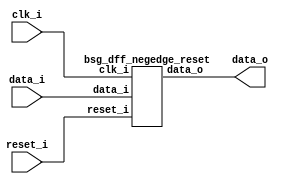


module top
(
  clk_i,
  reset_i,
  data_i,
  data_o
);

  input [31:0] data_i;
  output [31:0] data_o;
  input clk_i;
  input reset_i;

  bsg_dff_negedge_reset
  wrapper
  (
    .data_i(data_i),
    .data_o(data_o),
    .clk_i(clk_i),
    .reset_i(reset_i)
  );


endmodule



module bsg_dff_negedge_reset
(
  clk_i,
  reset_i,
  data_i,
  data_o
);

  input [31:0] data_i;
  output [31:0] data_o;
  input clk_i;
  input reset_i;
  wire N0,N1,N2,N3,N4,N5,N6,N7,N8,N9,N10,N11,N12,N13,N14,N15,N16,N17,N18,N19,N20,N21,
  N22,N23,N24,N25,N26,N27,N28,N29,N30,N31,N32,N33,N34,N35;
  reg [31:0] data_o;
  assign { N35, N34, N33, N32, N31, N30, N29, N28, N27, N26, N25, N24, N23, N22, N21, N20, N19, N18, N17, N16, N15, N14, N13, N12, N11, N10, N9, N8, N7, N6, N5, N4 } = (N0)? { 1'b0, 1'b0, 1'b0, 1'b0, 1'b0, 1'b0, 1'b0, 1'b0, 1'b0, 1'b0, 1'b0, 1'b0, 1'b0, 1'b0, 1'b0, 1'b0, 1'b0, 1'b0, 1'b0, 1'b0, 1'b0, 1'b0, 1'b0, 1'b0, 1'b0, 1'b0, 1'b0, 1'b0, 1'b0, 1'b0, 1'b0, 1'b0 } : 
                                                                                                                                                                        (N1)? data_i : 1'b0;
  assign N0 = reset_i;
  assign N1 = N3;
  assign N2 = ~clk_i;
  assign N3 = ~reset_i;

  always @(posedge N2) begin
    if(1'b1) begin
      { data_o[31:0] } <= { N35, N34, N33, N32, N31, N30, N29, N28, N27, N26, N25, N24, N23, N22, N21, N20, N19, N18, N17, N16, N15, N14, N13, N12, N11, N10, N9, N8, N7, N6, N5, N4 };
    end 
  end


endmodule